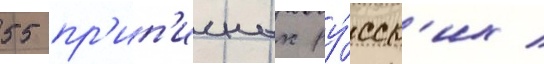
55 пр'ип'исных ру́сск'их /